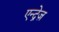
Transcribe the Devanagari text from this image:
एन्द्रेज़